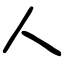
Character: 人